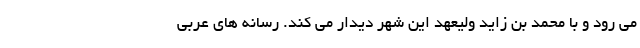
می رود و با محمد بن زاید ولیعهد این شهر دیدار می کند. رسانه های عربی